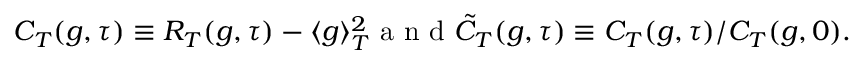
\begin{array} { r } { C _ { T } ( g , \tau ) \equiv R _ { T } ( g , \tau ) - \langle g \rangle _ { T } ^ { 2 } \mathrm { ~ a ~ n ~ d ~ } \tilde { C } _ { T } ( g , \tau ) \equiv C _ { T } ( g , \tau ) / C _ { T } ( g , 0 ) . } \end{array}